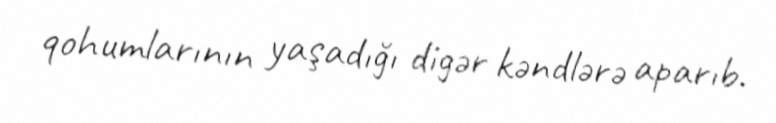
qohumlarının yaşadığı digər kəndlərə aparıb.